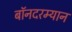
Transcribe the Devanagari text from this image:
बॉनदरम्यान